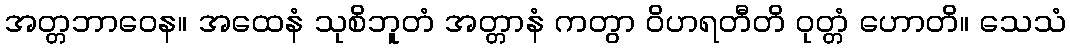
အတ္တဘာဝေန။ အထေနံ သုစိဘူတံ အတ္တာနံ ကတွာ ဝိဟရတီတိ ဝုတ္တံ ဟောတိ။ သေသံ